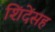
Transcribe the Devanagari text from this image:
शिंदेंसह